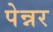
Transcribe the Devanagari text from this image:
पेन्नर